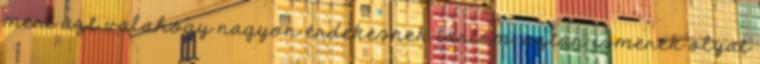
mert azt valahogy nagyon érdekesnek tartom. aztán ismerek olyat